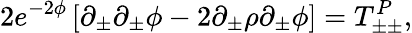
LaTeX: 2e^{-2\phi}\left[\partial_{\pm}\partial_{\pm}\phi-2\partial_{\pm}\rho\partial_{\pm}\phi\right]=T_{\pm\pm}^{P},